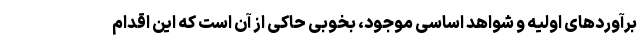
برآوردهای اولیه و شواهد اساسی موجود، بخوبی حاکی از آن است که این اقدام